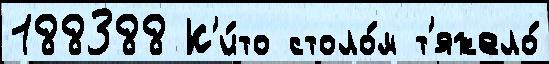
188388 К'и́то столо́м т'яжело́